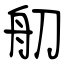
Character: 舠